Vaccination United Provinces of Agra and Oudh 1923-1928 - 1923-1928
Year: 1923
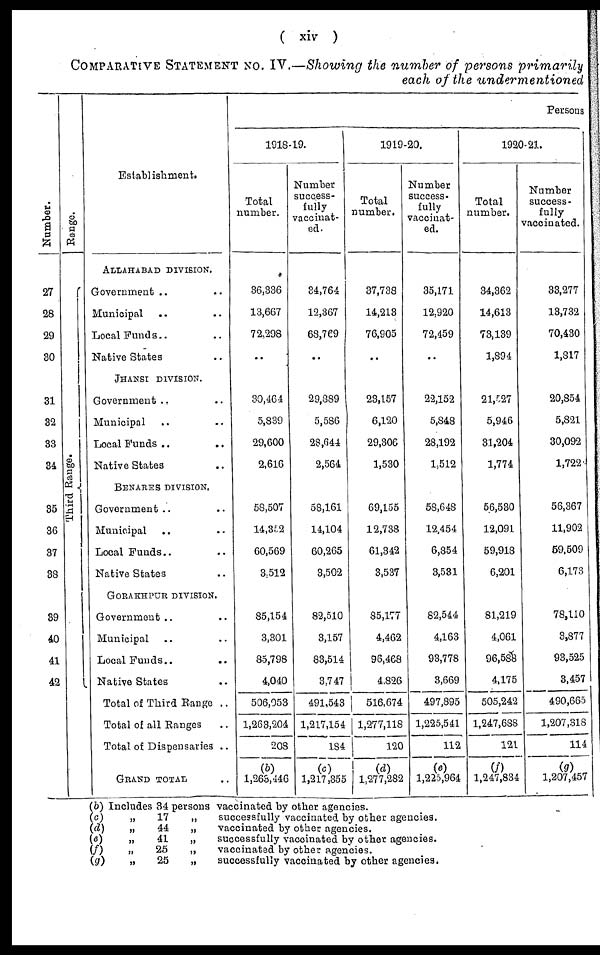
( xiv )
COMPARATIVE STATEMENT NO. IV.—Showing the number of persons primarily
each of the undermentioned
Number.
27
28
29
30
31
32
33
34
35
36
37
38
39
40
41
42
Range.
Third Range.
Establishment.
ALLAHABAD DIVISION.
Government .. ..
Municipal .. ..
Local Funds .. ..
Native States .. ..
JHANSI DIVISION.
Government .. ..
Municipal .. ..
Local Funds .. ..
Native States .. ..
BENARES DIVISION.
Government .. ..
Municipal .. ..
Local Funds .. ..
Native States .. ..
GORAKHPUR DIVISION.
Government .. ..
Municipal .. ..
Local Funds .. ..
Native States .. ..
Total of Third Range ..
Total of all Ranges ..
Total of Dispensaries ..
GRAND TOTAL ..
Persons
1918-19.
Total
number.
36,336
13,667
72,298
..
30,464
5,839
29,600
2,616
58,507
14,352
60,569
3,512
85,154
3,301
85,798
4,040
506,053
1,263,204
208
(b)
1,263,446
Number
success-
fully
vaccinat-
ed.
34,764
12,367
68,769
..
29,889
5,586
23,644
2,564
58,161
14,104
60,265
3,502
82,510
3,157
83,514
3,747
491,543
1,217,154
184
(c)
1,217,355
1919-20.
Total
number.
37,738
14,213
76,905
..
23,157
6,120
29,306
1,530
69,155
12,738
61,342
3,537
85,177
4,462
96,468
4,826
516,674
1,277,118
120
(d)
1,277,282
Number
success-
fully
vaccinat-
ed.
35,171
12,920
72,459
..
22,152
5,848
28,192
1,512
58,648
12,454
6,854
3,531
82,544
4,163
93,778
3,669
497,895
1,225,541
112
(e)
1,225,964
1920-21.
Total
number.
34,362
14,613
73,139
1,894
21,527
5,946
31,204
1,774
56,530
12,091
59,918
6,201
81,219
4,061
96,588
4,175
505,242
1,247,688
121
(f)
1,247,834
Number
success-
fully
vaccinated.
33,277
13,732
70,430
1,817
20,854
5,821
30,092
1,722
56,367
11,902
59,509
6,173
78,110
3,877
93,525
3,457
490,665
1,207,318
114
(g)
1,207,457
(b) Includes 34 persons vaccinated by other agencies.
(c)
„
17
„
successfully vaccinated by other agencies.
(d)
„
44
„
vaccinated by other agencies.
(e)
„
41
„
successfully vaccinated by other agencies.
(f)
„
25
„
vaccinated by other agencies.
(g)
„
25
„
successfully vaccinated by other agencies.